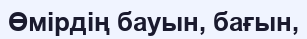
Өмірдің бауын, бағын,